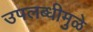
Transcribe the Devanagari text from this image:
उपलब्धीमुळे